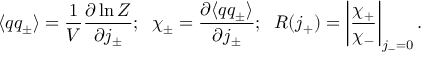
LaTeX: \langle q q _ { \pm } \rangle = { \frac { 1 } { V } } { \frac { \partial \ln Z } { \partial j _ { \pm } } } ; \; \; \chi _ { \pm } = { \frac { \partial \langle q q _ { \pm } \rangle } { \partial j _ { \pm } } } ; \; \; R ( j _ { + } ) = \left\vert { \frac { \chi _ { + } } { \chi _ { - } } } \right\vert _ { j _ { - } = 0 } .